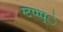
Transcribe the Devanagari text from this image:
ग्टप्प्प्े